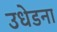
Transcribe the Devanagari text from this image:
उधेडना